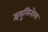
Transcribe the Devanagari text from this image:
इंसुलिनोमा